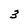
Character: 3